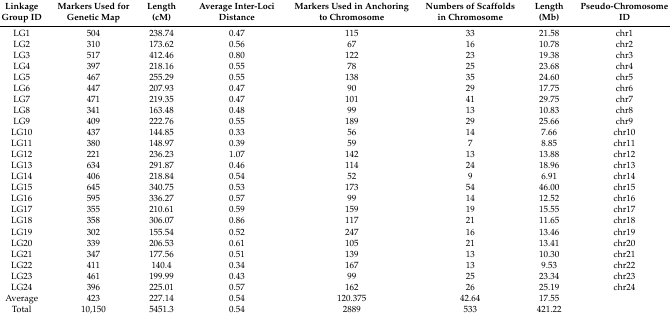
<table><thead><tr><td><b>Linkage Group ID</b></td><td><b>Markers Used for Genetic Map</b></td><td><b>Length (cM)</b></td><td><b>Average Inter-Loci Distance</b></td><td><b>Markers Used in Anchoring to Chromosome</b></td><td><b>Numbers of Scaffolds in Chromosome</b></td><td><b>Length (Mb)</b></td><td><b>Pseudo-Chromosome ID</b></td></tr></thead><tbody><tr><td>LG1</td><td>504</td><td>238.74</td><td>0.47</td><td>115</td><td>33</td><td>21.58</td><td>chr1</td></tr><tr><td>LG2</td><td>310</td><td>173.62</td><td>0.56</td><td>67</td><td>16</td><td>10.78</td><td>chr2</td></tr><tr><td>LG3</td><td>517</td><td>412.46</td><td>0.80</td><td>122</td><td>23</td><td>19.38</td><td>chr3</td></tr><tr><td>LG4</td><td>397</td><td>218.16</td><td>0.55</td><td>78</td><td>25</td><td>23.68</td><td>chr4</td></tr><tr><td>LG5</td><td>467</td><td>255.29</td><td>0.55</td><td>138</td><td>35</td><td>24.60</td><td>chr5</td></tr><tr><td>LG6</td><td>447</td><td>207.93</td><td>0.47</td><td>90</td><td>29</td><td>17.75</td><td>chr6</td></tr><tr><td>LG7</td><td>471</td><td>219.35</td><td>0.47</td><td>101</td><td>41</td><td>29.75</td><td>chr7</td></tr><tr><td>LG8</td><td>341</td><td>163.48</td><td>0.48</td><td>99</td><td>13</td><td>10.83</td><td>chr8</td></tr><tr><td>LG9</td><td>409</td><td>222.76</td><td>0.55</td><td>189</td><td>29</td><td>25.66</td><td>chr9</td></tr><tr><td>LG10</td><td>437</td><td>144.85</td><td>0.33</td><td>56</td><td>14</td><td>7.66</td><td>chr10</td></tr><tr><td>LG11</td><td>380</td><td>148.97</td><td>0.39</td><td>59</td><td>7</td><td>8.85</td><td>chr11</td></tr><tr><td>LG12</td><td>221</td><td>236.23</td><td>1.07</td><td>142</td><td>13</td><td>13.88</td><td>chr12</td></tr><tr><td>LG13</td><td>634</td><td>291.87</td><td>0.46</td><td>114</td><td>24</td><td>18.96</td><td>chr13</td></tr><tr><td>LG14</td><td>406</td><td>218.84</td><td>0.54</td><td>52</td><td>9</td><td>6.91</td><td>chr14</td></tr><tr><td>LG15</td><td>645</td><td>340.75</td><td>0.53</td><td>173</td><td>54</td><td>46.00</td><td>chr15</td></tr><tr><td>LG16</td><td>595</td><td>336.27</td><td>0.57</td><td>99</td><td>14</td><td>12.52</td><td>chr16</td></tr><tr><td>LG17</td><td>355</td><td>210.61</td><td>0.59</td><td>159</td><td>19</td><td>15.55</td><td>chr17</td></tr><tr><td>LG18</td><td>358</td><td>306.07</td><td>0.86</td><td>117</td><td>21</td><td>11.65</td><td>chr18</td></tr><tr><td>LG19</td><td>302</td><td>155.54</td><td>0.52</td><td>247</td><td>16</td><td>13.46</td><td>chr19</td></tr><tr><td>LG20</td><td>339</td><td>206.53</td><td>0.61</td><td>105</td><td>21</td><td>13.41</td><td>chr20</td></tr><tr><td>LG21</td><td>347</td><td>177.56</td><td>0.51</td><td>139</td><td>13</td><td>10.30</td><td>chr21</td></tr><tr><td>LG22</td><td>411</td><td>140.4</td><td>0.34</td><td>167</td><td>13</td><td>9.53</td><td>chr22</td></tr><tr><td>LG23</td><td>461</td><td>199.99</td><td>0.43</td><td>99</td><td>25</td><td>23.34</td><td>chr23</td></tr><tr><td>LG24</td><td>396</td><td>225.01</td><td>0.57</td><td>162</td><td>26</td><td>25.19</td><td>chr24</td></tr><tr><td>Average</td><td>423</td><td>227.14</td><td>0.54</td><td>120.375</td><td>42.64</td><td>17.55</td><td>[EMPTY_CELL]</td></tr><tr><td>Total</td><td>10,150</td><td>5451.3</td><td>0.54</td><td>2889</td><td>533</td><td>421.22</td><td>[EMPTY_CELL]</td></tr></tbody></table>